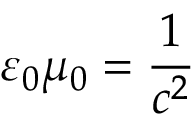
\varepsilon _ { 0 } \mu _ { 0 } = { \frac { 1 } { c ^ { 2 } } }